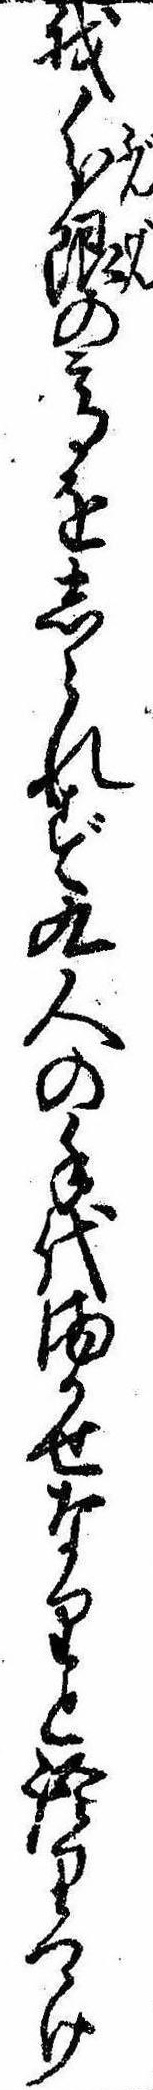
我分限の高をしられず九人の手代まかせなりと語りつゝけ